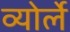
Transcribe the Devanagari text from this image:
व्योर्ले